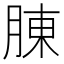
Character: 腖